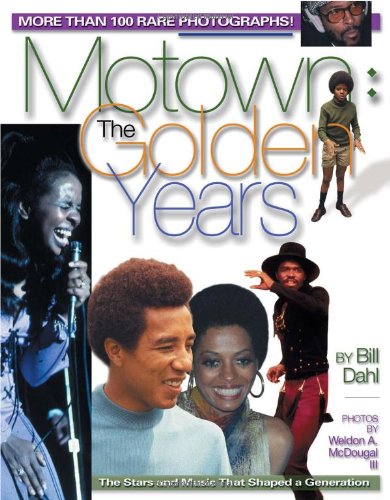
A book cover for Motown : The Golden Years: The Stars and Music That Shaped a Generation; Bill Dahl; Crafts, Hobbies & Home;